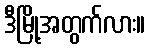
ဒီမြို့အတွက်လား။